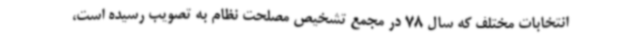
انتخابات مختلف که سال 78 در مجمع تشخیص مصلحت نظام به تصویب رسیده است،